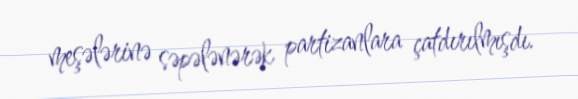
meşələrinə səpələnərək partizanlara çatdırılmışdı.